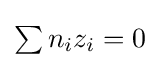
{\textstyle \sum n_{i}z_{i}=0}